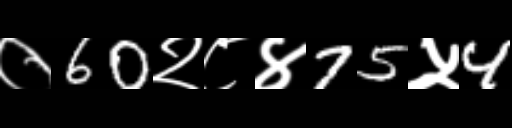
Text: ०60२८४75५4